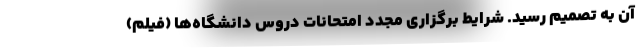
آن به تصمیم رسید. شرایط برگزاری مجدد امتحانات دروس دانشگاه‌ها (فیلم)